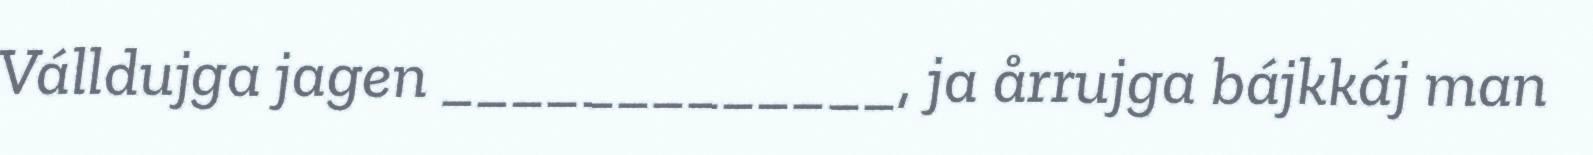
Válldujga jagen _____________, ja årrujga bájkkáj man